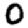
Digit: 0